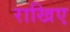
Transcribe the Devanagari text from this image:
राखिए